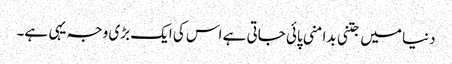
دنیا میں جتنی بدامنی پائی جاتی ہے اس کی ایک بڑی وجہ یہی ہے۔